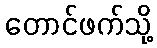
တောင်ဖက်သို့